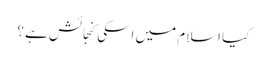
کیا اسلام میں اسکی کنجائش ہے ؟